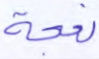
نعجة